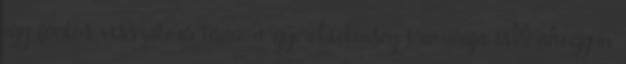
egy fontos visszatérő téma, a gyerektelenség traumája is: ahogyan